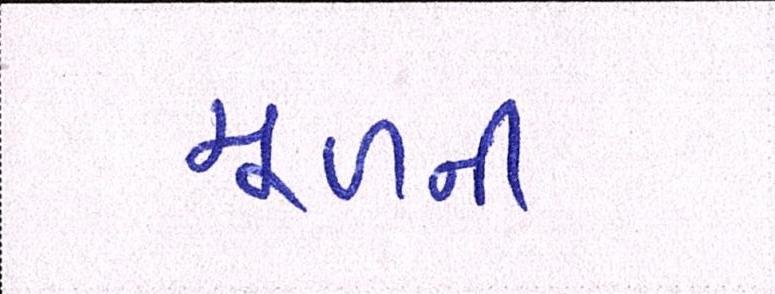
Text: મૂળની